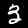
Label: 3